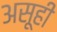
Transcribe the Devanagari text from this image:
असूही